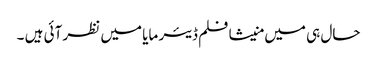
حال ہی میں منیشا فلم ڈیئر مایا میں نظر آئی ہیں ۔